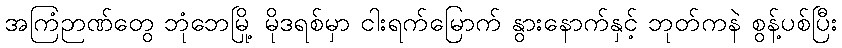
အကြံဉာဏ်တွေ ဘုံဘေမြို့ မိုဒရစ်မှာ ငါးရက်မြောက် နွားနောက်နှင့် ဘုတ်ကနဲ စွန့်ပစ်ပြီး